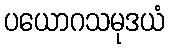
ပယောဂသမုဒယံ